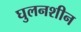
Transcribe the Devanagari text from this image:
घुलनशीन